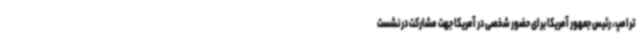
ترامپ، رئیس جمهور آمریکا برای حضور شخصی در آمریکا جهت مشارکت در نشست